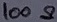
Text: 100Ω